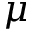
\mu